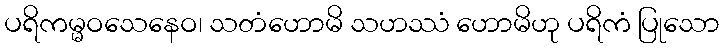
ပရိကမ္မဝသေနေဝ၊ သတံဟောမိ သဟဿံ ဟောမိဟု ပရိကံ ပြုသော